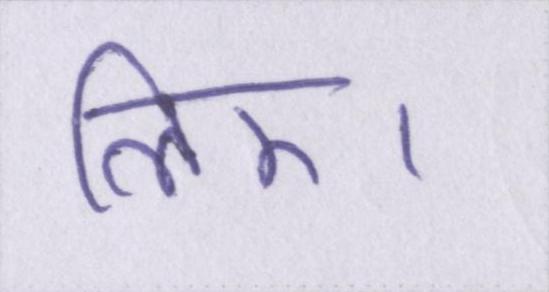
लिए